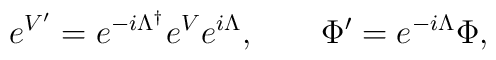
e^{V'}=e^{-i\Lambda^\dagger}e^Ve^{i\Lambda},   \qquad\Phi'=e^{-i\Lambda}\Phi,